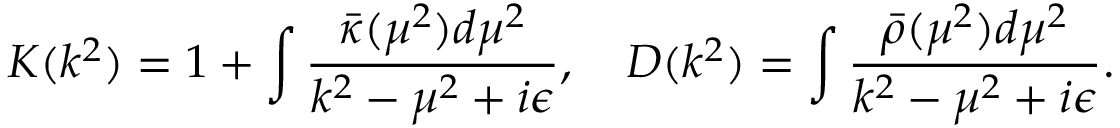
K ( k ^ { 2 } ) = 1 + \int \frac { \bar { \kappa } ( \mu ^ { 2 } ) d \mu ^ { 2 } } { k ^ { 2 } - \mu ^ { 2 } + i \epsilon } , \quad D ( k ^ { 2 } ) = \int \frac { \bar { \rho } ( \mu ^ { 2 } ) d \mu ^ { 2 } } { k ^ { 2 } - \mu ^ { 2 } + i \epsilon } .